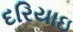
દરિયાઇ